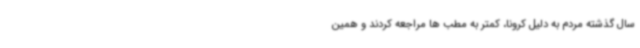
سال گذشته مردم به دلیل کرونا، کمتر به مطب ها مراجعه کردند و همین